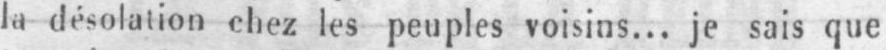
la désolation chez les peuples voisins... je sais que